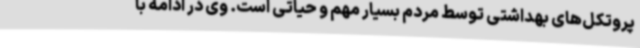
پروتکل‌های بهداشتی توسط مردم بسیار مهم و حیاتی است. وی در ادامه با